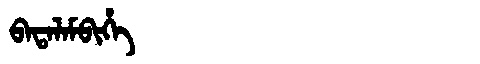
Manchu: ᠪᠠᡨᠠᠯᠠᠮᠪᡳᡥᡝ
Romanization: BATALAMBIHE